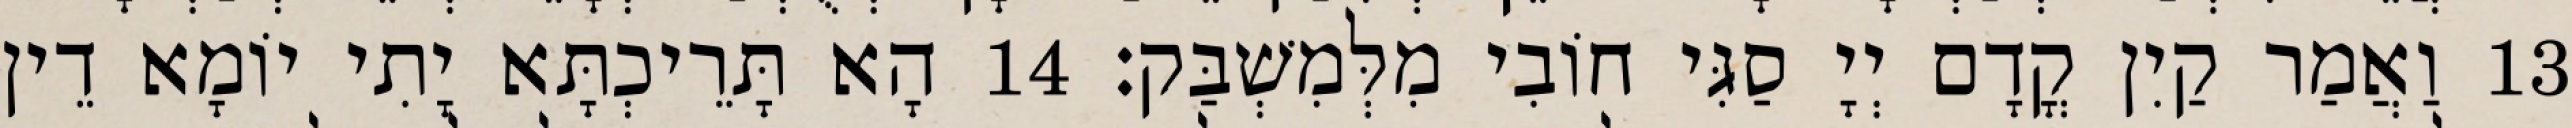
13 וַאֲמַר קַיִן קֳדָם יְיָ סַגִּי חוֹבִי מִלְּמִשְׁבַּק׃ 14 הָא תָּרֵיכְתָּא יָתִי יוֹמָא דֵין